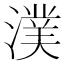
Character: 𣾴